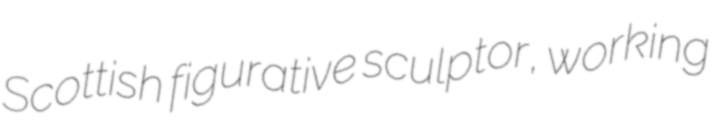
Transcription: Scottish figurative sculptor, working